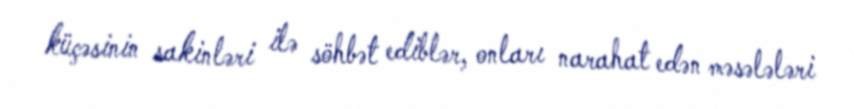
küçəsinin sakinləri ilə söhbət ediblər, onları narahat edən məsələləri